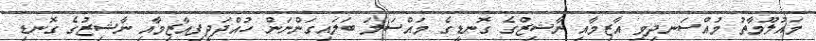
މައުލޫމާތު މުއްސަނދިވި އާޒިމާއި ނާޝިޒްގެ ގޮނޑީގެ މައްސަލަ ބަލައިގަންނަން ހުއްދަދީފިއާޒިމާއި ނާޝިޒުގެ ގޮނޑި